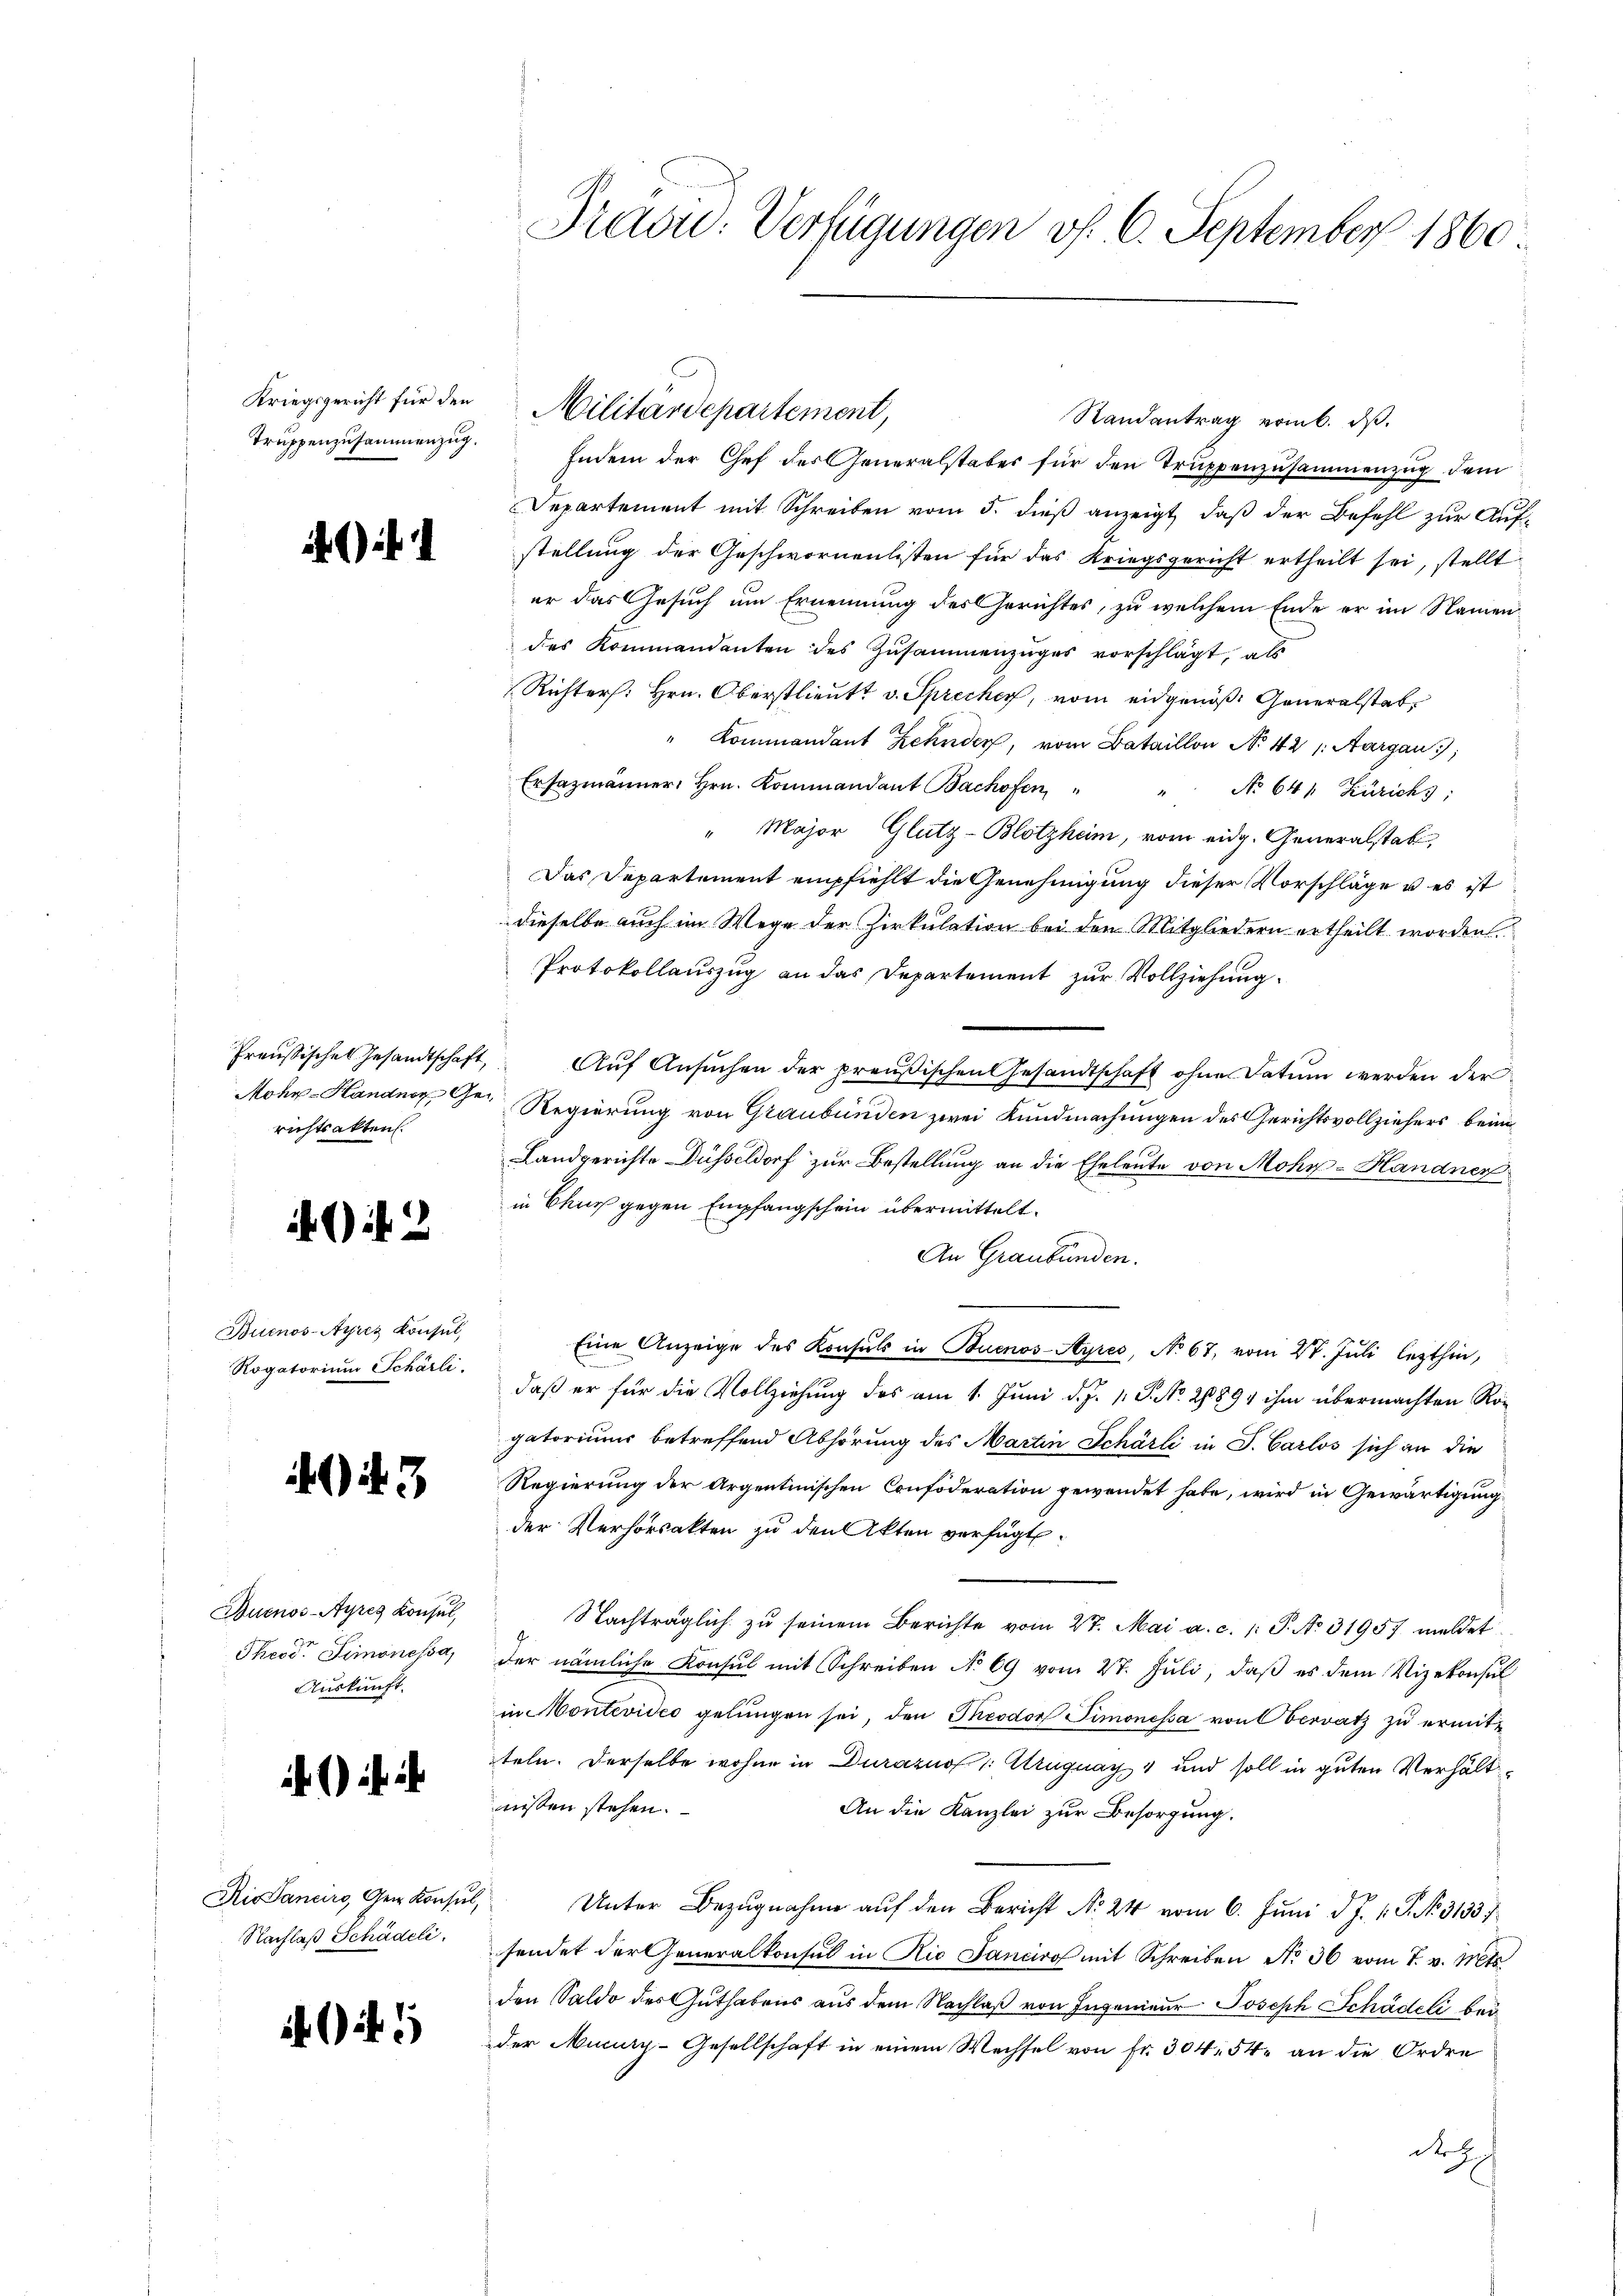
Truppenzusammenzug.

richtsakten.

2

Buenos-Ayres Konsul,
Rogatorium Schärli

4043

Buenos-Ayres Konsul,
Theodor Simonessa,
Auskunft.

Rio Sancirs, Gem. Konsul,
Nachlaß Schädeli

1

Traou: Verfügungen v. 6. September 1860

Randantrag vom 6. ds.
Indem der Chef des Generalstaber für den Truppenzusammenzug dem
Departement mit Schreiben vom 5. dieß anzeigt, daß der Befehl zur Aufstellung der Geschwornenlisten für das Kriegsgericht ertheilt sei, stellt
er das Gesuch um Ernennung des Gerichtes, zu welchem Ende er im Namen
des Kommandanten des Zusammenzuges vorschlägt, als
Richters: Hrn. Oberstlieutt v. Sprecher, vom eidgenöß. Generalstat
" Kommandant Zehnder, vom Bataillon No 42 s. Aargau;
Ersazmänner, Hrn. Kommandant Bachofen
No 641. Zürichs:
" Major Glutz-Blotzheim, vom eidg. Generalstat,
Das Departement empfiehlt die Genehmigung dieser Vorschläge u es ist
dieselbe auch im Wege der Zirkulation bei den Mitgliedern ertheilt worden.
Protokollauszug an das Departement zur Vollziehung.
Preußisches Gesandtschaft, Aŭf Ansŭchen der preußischen Gesandtschaft ohne Datum werden der
Mohr-Handner Ge- Regierung von Graubünden zwei Kundmachungen des Gerichtsvollziehers beim
Landgerichte Düßeldorf zur Bestellung an die Eheleute von Mohr-Handner
in Chur gegen Empfangschein übermittelt.
An Graubünden.
Eine Anzeige des Konsuls in Buenos-Ayres, No 67, vom 27. Juli lezthin,
daß er für die Vollziehung des am 1. Juni d. J. 1. P. No. 21894 ihm übermachten Rogatoriums betreffend Abhörung des Martin Schärli in J. Carlos sich an die
Regierung der Argentinischen Confoderation gewendet habe, wird in Gewärtigung
der Verhorsakten zu den Akten verfügt:
Nachträglich zu seinem Berichte vom 27. Mai a. c. 1: P. No. 31957 meldet
der nämliche Konsul mit Schreiben No 69 vom 27. Juli, daß es dem Vizekonsul
in Montevides gelungen sei, den Theodor Timonessa von Obervatz zu ermitteln. Derselbe wohne in Durazuo : Uruguay und soll in guten Verhältnissen stehen.
An die Kanzlei zur Besorgung.
 Unter Bezugnahme aŭf den Bericht No 24 vom 6. Juni d. J. 1. P. Nr. 3133 f
sendet der Generalkonsul in Rio Fancirof mit Schreiben No 36 vom 7. v. Mts.
den Saldo des Guthabens aus dem Nachlaß von Ingenieur Joseph Schädeli bei
der Muniz-Gesellschaft in einem Wechsel von Fr. 304 54 an die Ordre
de H

Kriegsgericht für den Militärdepartement,